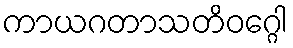
ကာယဂတာသတိဝဂ္ဂေါ